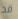
قد